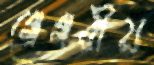
গ্রেগরীয়